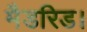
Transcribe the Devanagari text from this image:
मैडरिड।